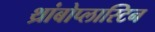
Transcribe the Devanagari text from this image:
थ्रांबोप्लास्टिन